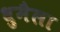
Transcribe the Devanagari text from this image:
धुमैला